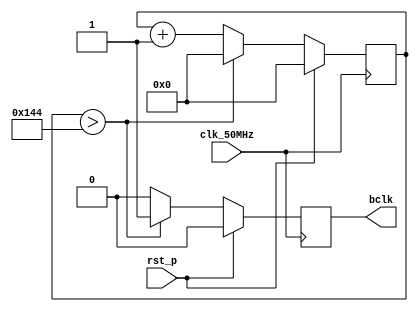
module baudrate_generator (
    input clk_50MHz,
    input rst_p,
    output reg bclk
);

// Counter for generating baud rate
reg [8:0] counter;  // 50000000 / 153600 = 325.52 cycles

// Baud rate generation logic
always @(posedge clk_50MHz) begin
    if (rst_p) begin
        // Reset the counter and output
        counter <= 9'd0;
        bclk <= 1'b0;
    end else begin
        // Increment the counter, generate bclk when counter exceeds threshold
        if (counter > 9'd324) begin
            counter <= 1'b0;
            bclk <= 1'b1;
        end else begin
            counter <= counter + 1'b1;
            bclk <= 1'b0;
        end
    end
end

endmodule